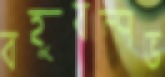
বহুবল্লভ